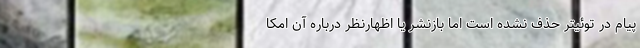
پیام در توئیتر حذف نشده است اما بازنشر یا اظهارنظر درباره آن امکا